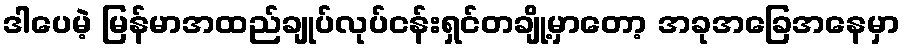
ဒါပေမဲ့ မြန်မာအထည်ချုပ်လုပ်ငန်းရှင်တချို့မှာတော့ အခုအခြေအနေမှာ